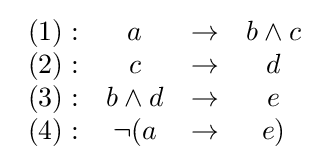
{\begin{array}{rccc}(1):&a&\rightarrow &b\land c\\(2):&c&\rightarrow &d\\(3):&b\land d&\rightarrow &e\\(4):&\lnot (a&\rightarrow &e)\\\end{array}}